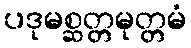
ပဒုမစ္ဆတ္တမုတ္တမံ